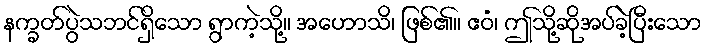
နက္ခတ်ပွဲသဘင်ရှိသော ရွာကဲ့သို့။ အဟောသိ၊ ဖြစ်၏။ ဧဝံ၊ ဤသို့ဆိုအပ်ခဲ့ပြီးသော